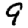
Digit: 9